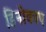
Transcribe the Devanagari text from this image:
डिनोकाप